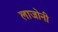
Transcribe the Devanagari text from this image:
लाजोनी